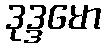
ဒုဒ္ဒမော